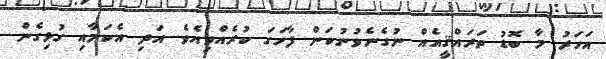
އަހަރު މާ ބޮޑު ތަރައްޤީއެއް ނުގެނެވުނުކަން ފާހަގަ ކުރެއްވިއެވެ. އަދި އެކަމާއި ގުޅިގެން